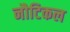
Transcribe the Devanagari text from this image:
नौटिकल